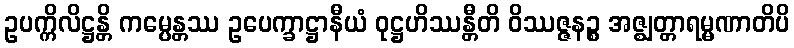
ဥပက္ကိလိဋ္ဌန္တိ ကမ္ပေန္တဿ ဥပေက္ခာဋ္ဌာနီယံ ဝုဋ္ဌဟိဿန္တီတိ ဝိဿဇ္ဇနဉ္စ အဇ္ဈတ္တာရမ္မဏာတိပိ